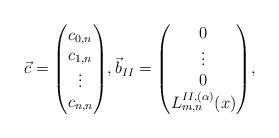
LaTeX: \begin{gather*}\vec{c}=\begin{pmatrix}c_{0,n}\\ c_{1,n}\\ \vdots\\ c_{n,n}\end{pmatrix}\!,\vec{b}_{II}=\begin{pmatrix}0\\ \vdots\\ 0\\ L_{m,n}^{II,(\alpha)}(x)\end{pmatrix}\!,\end{gather*}